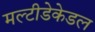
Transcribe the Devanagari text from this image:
मल्टीडेकेडल